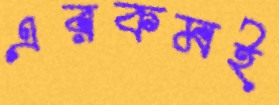
এরকমই